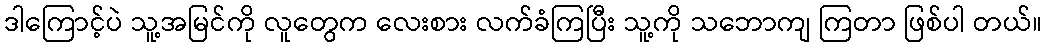
ဒါကြောင့်ပဲ သူ့အမြင်ကို လူတွေက လေးစား လက်ခံကြပြီး သူ့ကို သဘောကျ ကြတာ ဖြစ်ပါ တယ်။